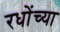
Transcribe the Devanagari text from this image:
रधोंच्या